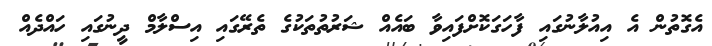
އެގޮތުން އެ އިއުލާނުގައި ފާހަގަކޮށްފައިވާ ބައެއް ޝަރުތުތަކުގެ ތެރޭގައި އިސްލާމް ދީނުގައި ހައްދެއް